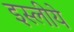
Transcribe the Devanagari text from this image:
इस्लीये